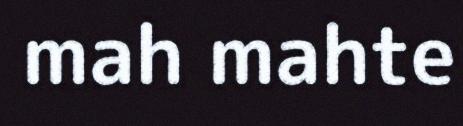
mah mahte